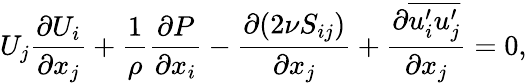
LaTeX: U_{j}\frac{\partial U_{i}}{\partial x_{j}}+\frac{1}{\rho}\frac{\partial P}{\partial x_{i}}-\frac{\partial(2\nu S_{ij})}{\partial x_{j}}+\frac{\partial\overline{{u_{i}^{\prime}u_{j}^{\prime}}}}{\partial x_{j}}=0,